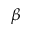
\beta